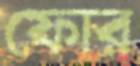
ফোর